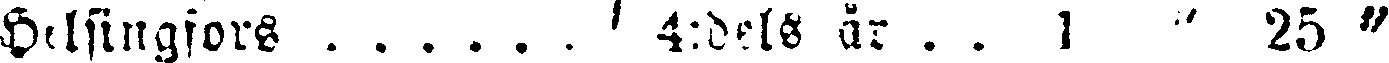
Helsingfors . . . . . . 4:dels år . . 1 " 25 "